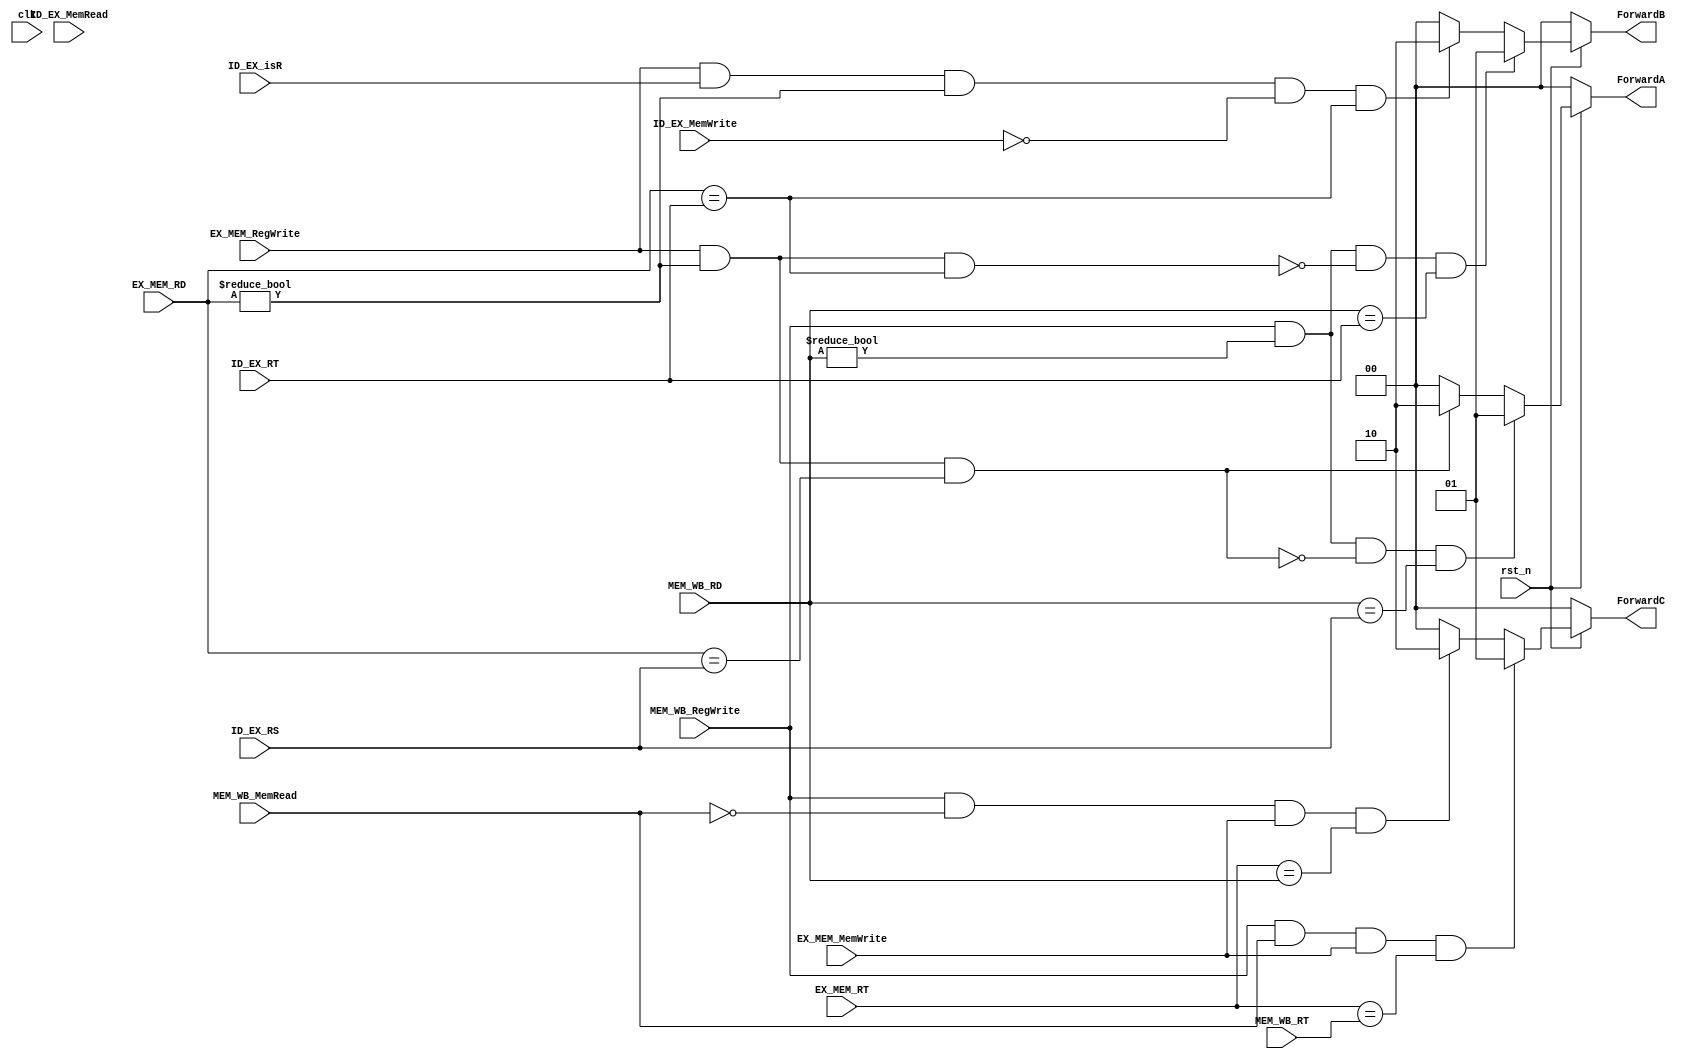
`timescale 1ns / 1ps
//////////////////////////////////////////////////////////////////////////////////
// Company: 
// Engineer: 
// 
// Design Name: 
// Module Name:    transmit 
// Project Name: 
// Target Devices: 
// Tool versions: 
// Description: 
//
// Dependencies: 
//
// Revision: 
// Revision 0.01 - File Created
// Additional Comments: 
//
//////////////////////////////////////////////////////////////////////////////////
module transmit(
    input clk,
	 input rst_n,
	 input [4:0] EX_MEM_RD,	 //
	 input [4:0] MEM_WB_RD,		//RD
	 input [4:0] ID_EX_RS,
	 input [4:0] ID_EX_RT,
	 input [4:0] MEM_WB_RT,
	 input MEM_WB_RegWrite,
	 input EX_MEM_RegWrite,
	 input ID_EX_MemWrite,
	 input EX_MEM_MemWrite,
	 input ID_EX_MemRead,
	 input ID_EX_isR,
	 input [4:0] EX_MEM_RT,
	 input MEM_WB_MemRead,
	 output reg [1:0] ForwardA,
	 output reg [1:0] ForwardB,
	 output reg [1:0] ForwardC
    );

//ID_EXEXEX
always@(*)
begin
if(~rst_n)
begin
	ForwardA=0;
	ForwardB=0;
	ForwardC=0;
end
	else
	begin
		if((MEM_WB_RegWrite==1) &&
		(MEM_WB_RD!=0) &&
		!((EX_MEM_RegWrite==1)&&(EX_MEM_RD!=0) &&(EX_MEM_RD==ID_EX_RS))&&
		(MEM_WB_RD==ID_EX_RS))
			ForwardA=2'b01;
		else if((EX_MEM_RegWrite==1)&&
					(EX_MEM_RD!=0)&&
					(EX_MEM_RD==ID_EX_RS))
					ForwardA=2'b10;
		else ForwardA=2'b00;
			
		if((MEM_WB_RegWrite==1) &&
		(MEM_WB_RD!=0) &&
		!((EX_MEM_RegWrite==1)&&(EX_MEM_RD!=0) &&(EX_MEM_RD==ID_EX_RT))&&
		(MEM_WB_RD==ID_EX_RT))
			ForwardB=2'b01;
		else if((EX_MEM_RegWrite==1)&&
				(ID_EX_isR==1)&&		//R
				(EX_MEM_RD!=0)&&
				(ID_EX_MemWrite!=1)&&
				(EX_MEM_RD==ID_EX_RT))
					ForwardB=2'b10;
		else ForwardB=2'b00;			
		
		if((MEM_WB_RegWrite==1)&&		//lw
			(MEM_WB_MemRead==1)&&
			(EX_MEM_MemWrite==1)&&
			(EX_MEM_RT==MEM_WB_RT))
			ForwardC=1;
			else if((MEM_WB_RegWrite==1)&&		//ALU
				(MEM_WB_MemRead==0)&&
				(EX_MEM_MemWrite==1)&&
				(EX_MEM_RT==MEM_WB_RD))		//
			ForwardC=2'd2;
			else
				ForwardC=0;		
	end
end

//rtRI
/*
always@(*)
begin
	if((MEM_WB_RegWrite==1)&&
		(MEM_WB_RD!=0)&&
		!((EX_MEM_RegWrite==1)&&(EX_MEM_RD!=0))&&
		(MEM_WB_RD==ID_EX_RT))
			ForwardB=2'b01;
	else if((EX_MEM_RegWrite==1)&&
//			(ID_EX_isR==1)&&		//R
			(EX_MEM_RD!=0)&&
			(EX_MEM_RD==ID_EX_RT))
				ForwardB=2'b10;
	else ForwardB=2'b00;
end

always@(*)	//lwsw
begin
	if((MEM_WB_RegWrite==1)&&
		(EX_MEM_MemWrite==1)&&
		(EX_MEM_RT==MEM_WB_RT))
		ForwardC=1;
	else
		ForwardC=0;
end
*/
/*
always@(posedge clk)
begin
	if((ID_EX_MemRead==1)&&
		((ID_EX_RT==IF_ID_RS) || (ID_EX_RT==IF_ID_RT)))
		stall=1;
	else
		stall=0;
end
*/					

endmodule